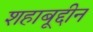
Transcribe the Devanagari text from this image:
शहाबूद्दीन